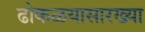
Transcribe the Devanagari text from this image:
ढोकळयासारख्या